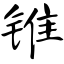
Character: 锥